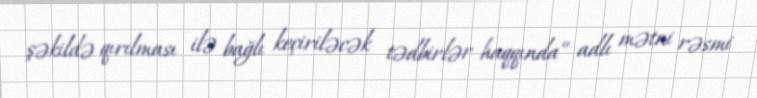
şəkildə qırılması ilə bağlı keçiriləcək tədbirlər haqqında” adlı mətni rəsmi